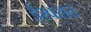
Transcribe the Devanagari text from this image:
ईश्वरात